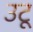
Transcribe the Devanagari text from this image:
उटू